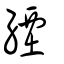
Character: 緸